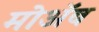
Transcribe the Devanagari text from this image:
मोअॅब